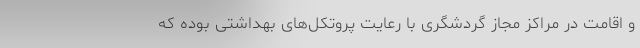
و اقامت در مراکز مجاز گردشگری با رعایت پروتکل‌های بهداشتی بوده که